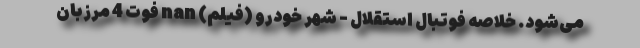
می‌شود. خلاصه فوتبال استقلال - شهر خودرو (فیلم) nan فوت 4 مرزبان